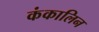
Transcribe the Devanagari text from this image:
कंकालिन